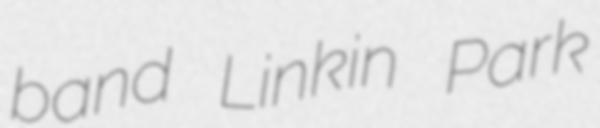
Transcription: band Linkin Park